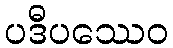
ပဒီပဿေဝ